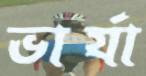
ভার্যা